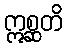
ဣစ္ဆတိ